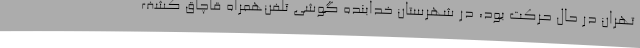
تهران در حال حرکت بود، در شهرستان خدابنده گوشی تلفن‌همراه قاچاق کشف